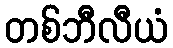
တစ်ဘီလီယံ